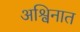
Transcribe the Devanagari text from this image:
अश्विनात